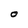
Character: O